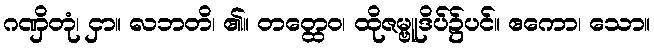
ဂဏှိတုံ၊ ငှာ။ လဘတိ၊ ၏။ တတ္ထေဝ၊ ထိုဇမ္ဗူဒိပ်၌ပင်။ ဧကော၊ သော။